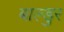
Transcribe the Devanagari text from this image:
बाल्डुर